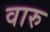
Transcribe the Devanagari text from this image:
वारु